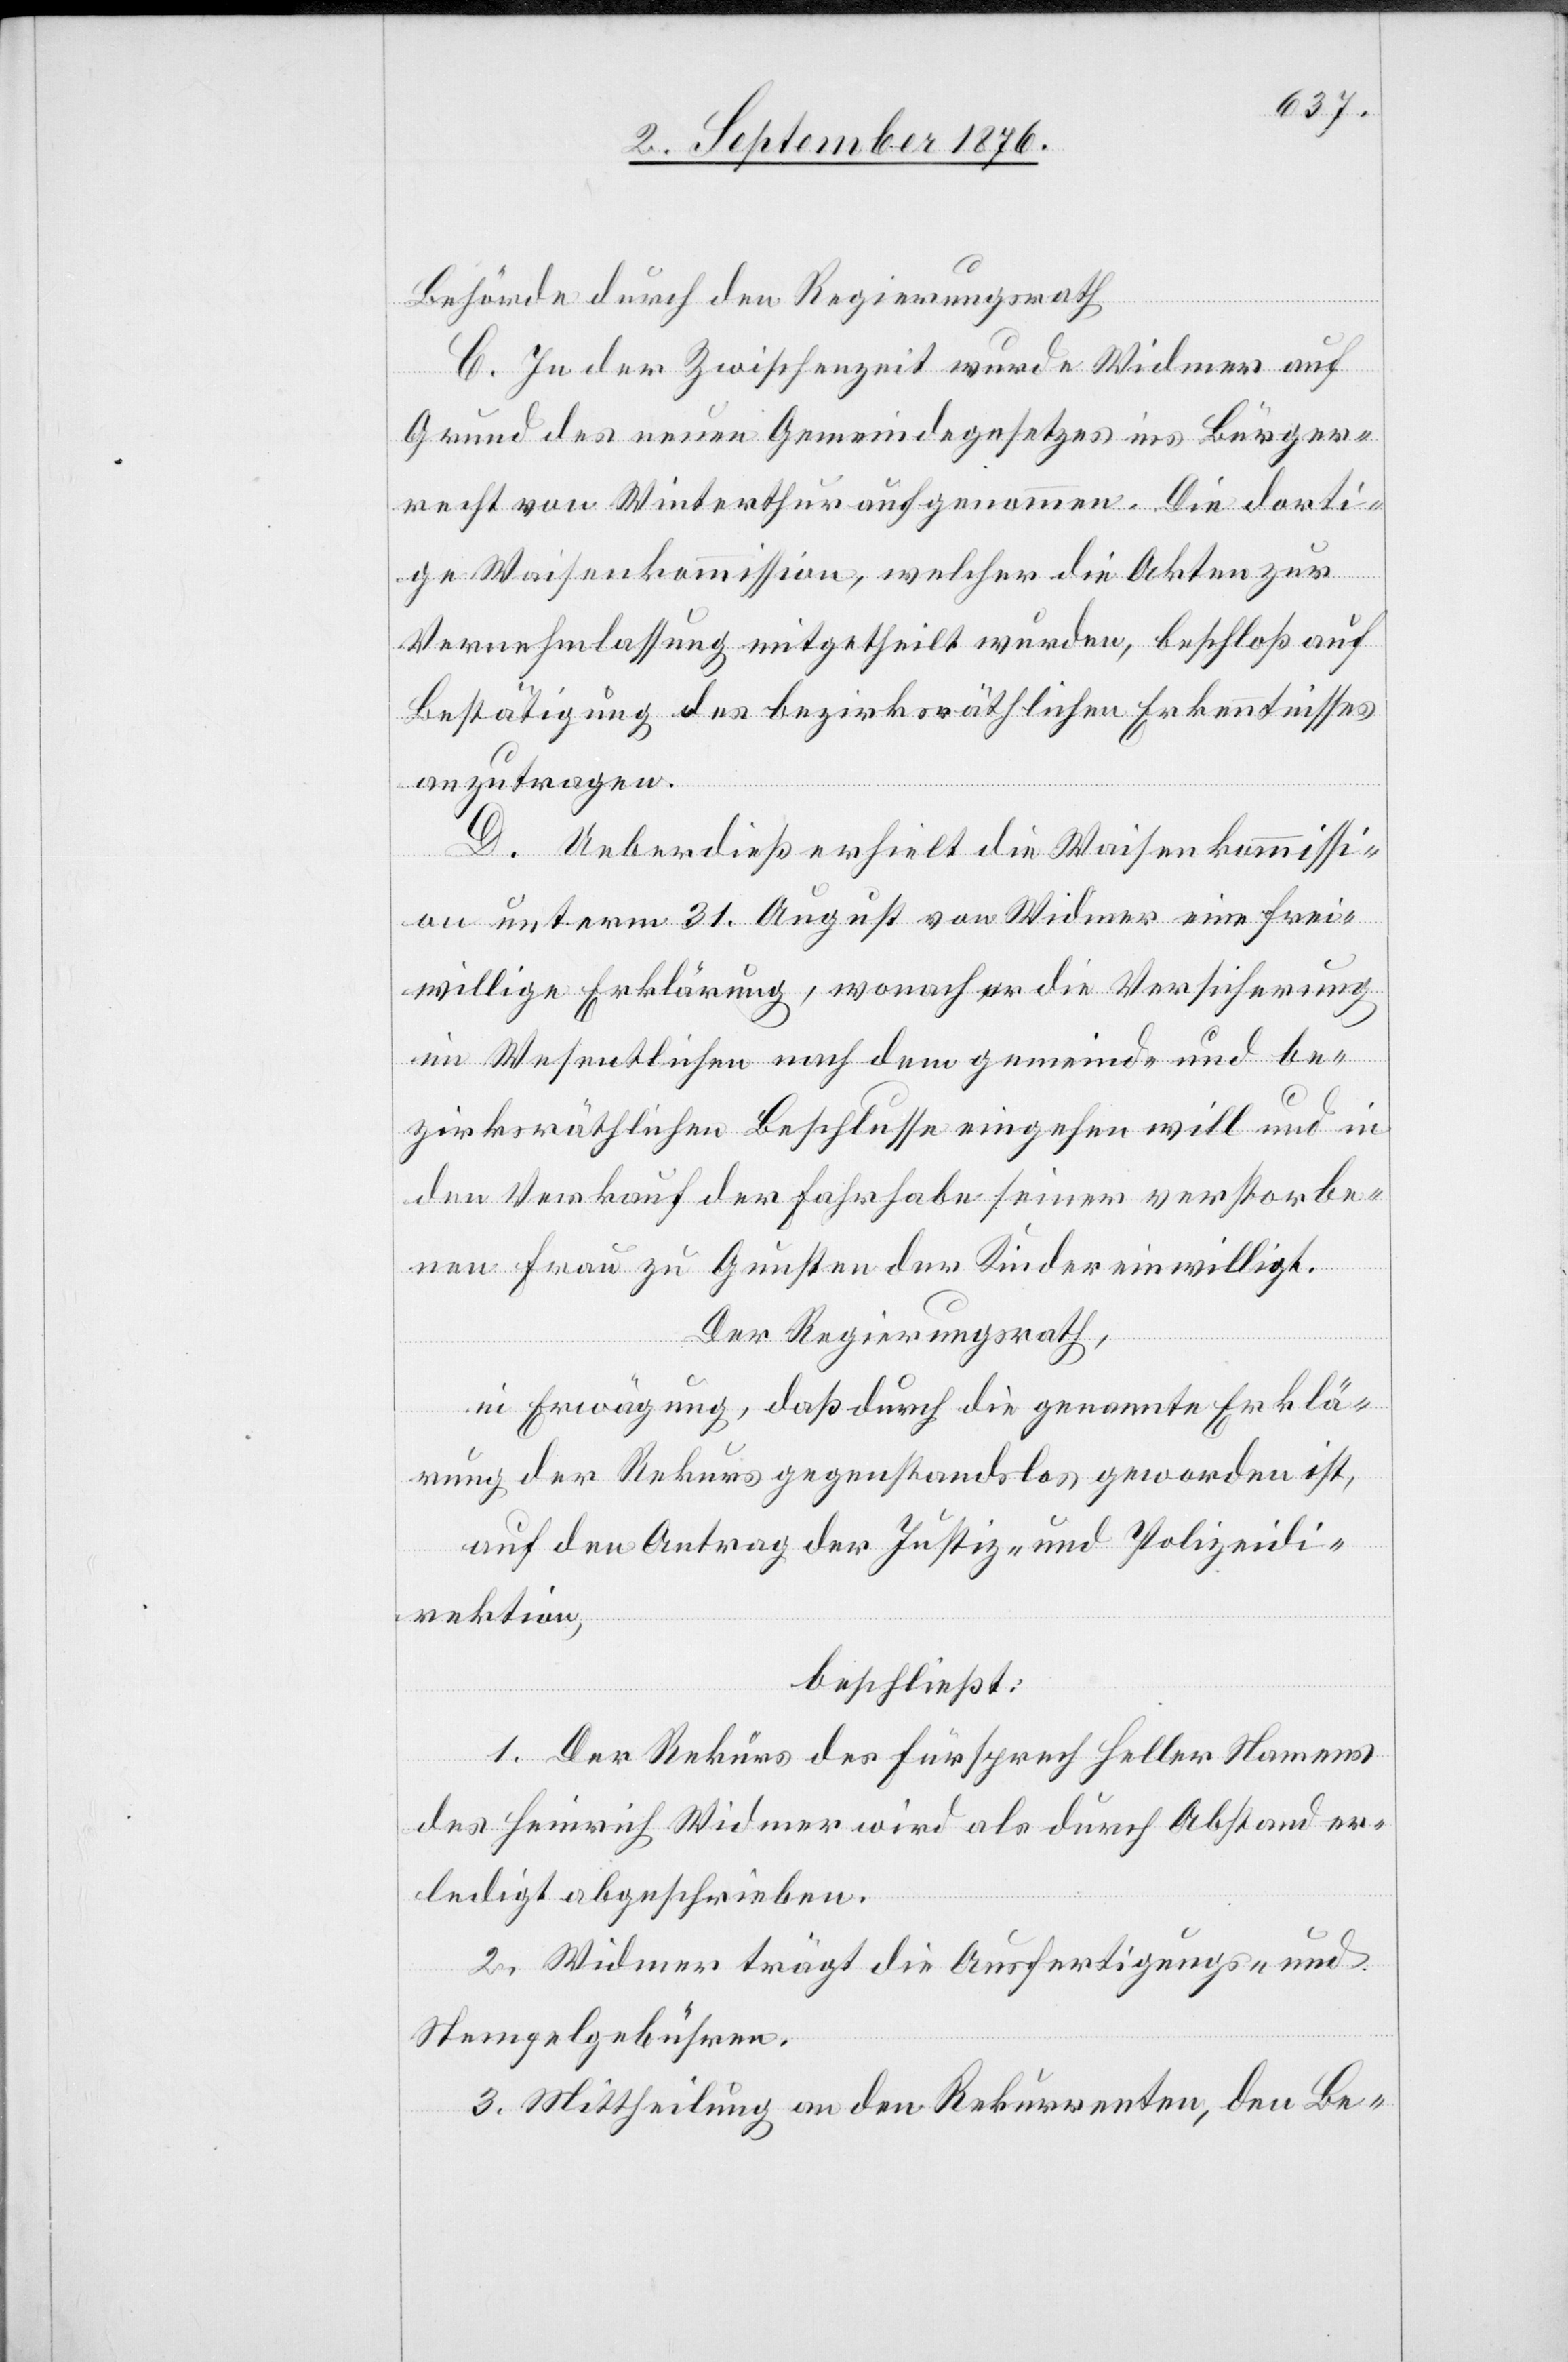
Behörde durch den Regierungsrath[.]
C. In der Zwischenzeit wurde Widmer auf
Grund des neuen Gemeindegesetzes ins Bürger¬
recht von Winterthur aufgenommen. Die dorti¬
ge Waisenkommission, welcher die Akten zur
Vernehmlassung mitgetheilt wurden, beschloß auf
Bestätigung des bezirksräthlichen Erkenntnisses
anzutragen.
D. Ueberdieß erhielt die Waisenkommissi¬
on unterm 31. August von Widmer eine frei¬
willige Erklärung, wonach er die Versicherung
im Wesentlichen nach dem gemeind- und be¬
zirksräthlichen Beschlusse eingehen will und in
den Verkauf der Fahrhabe seiner verstorbe¬
nen Frau zu Gunsten der Kinder einwilligt.
Der Regierungsrath,
in Erwägung, daß durch die genannte Erklä¬
rung der Rekurs gegenstandslos geworden ist,
auf den Antrag der Justiz- und Polizeidi¬
rektion,
beschließt:
1. Der Rekurs des Fürsprech Heller Namens
des Heinrich Widmer wird als durch Abstand er¬
ledigt abgeschrieben.
2. Widmer trägt die Ausfertigungs- und
Stempelgebühren.
3. Mittheilung an den Rekurrenten, den Be-